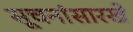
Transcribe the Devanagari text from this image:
सूचनांसारखे